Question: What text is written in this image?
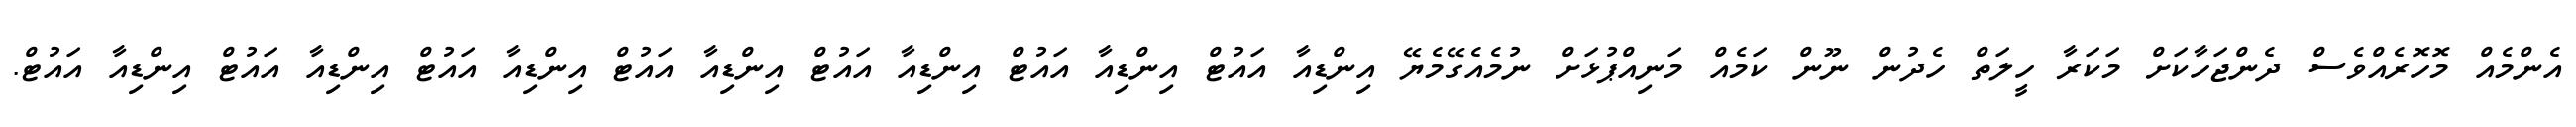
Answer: އެންމެއް މޮހޮރެއްވެސް ދެންޖަހާކަށް މަކަރާ ހީލަތް ހެދުން ނޫން ކަމެއް މަނިއްޕުޅަށް ނުމެއެގޭމެޔޭ އިންޑިއާ އައުޓް އިންޑިއާ އައުޓް އިންޑިއާ އައުޓް އިންޑިއާ އައުޓް އިންޑިއާ އައުޓް އިންޑިއާ އައުޓް އިންޑިއާ އައުޓް.